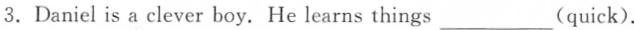
3.Daniel is a clever boy. He learns things ___(quick).